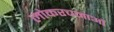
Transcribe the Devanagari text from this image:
लोकरचनाओं